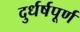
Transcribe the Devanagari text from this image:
दुर्धर्षपूर्ण